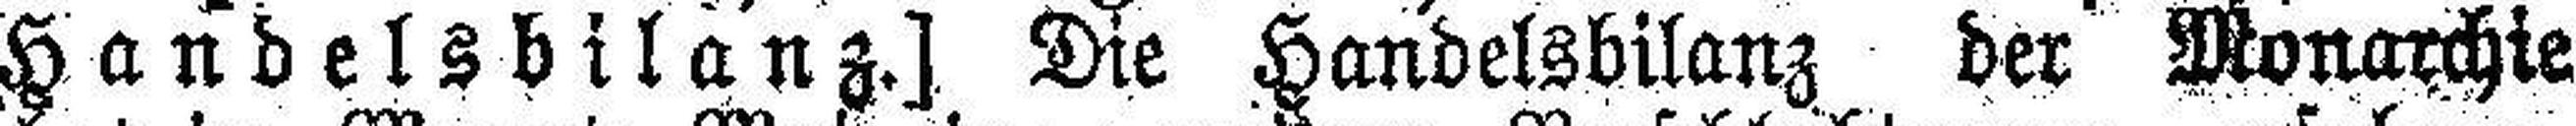
Handelsbilanz.] Die Handelsbilanz der Monarchie